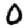
Digit: 0